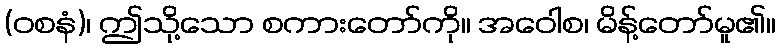
(ဝစနံ)၊ ဤသို့သော စကားတော်ကို။ အဝေါစ၊ မိန့်တော်မူ၏။